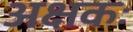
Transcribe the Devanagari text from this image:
अक्षकः